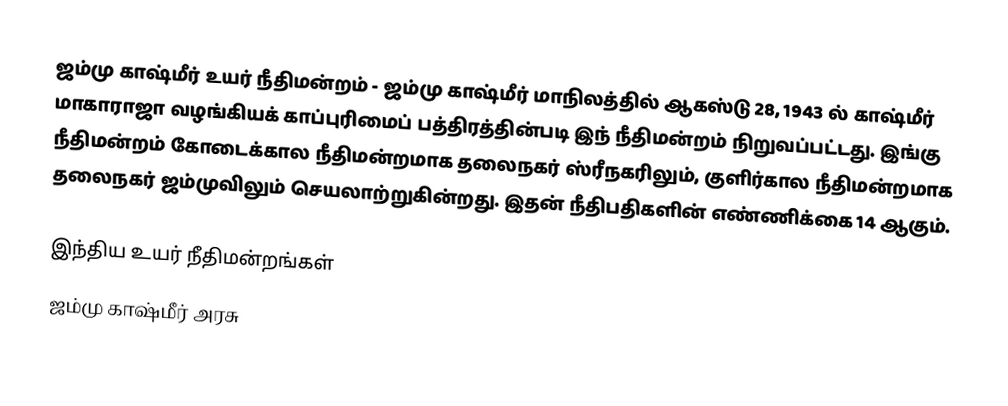
ஜம்மு காஷ்மீர் உயர் நீதிமன்றம் - ஜம்மு காஷ்மீர் மாநிலத்தில் ஆகஸ்டு 28, 1943 ல் காஷ்மீர் மாகாராஜா வழங்கியக் காப்புரிமைப் பத்திரத்தின்படி  இந் நீதிமன்றம் நிறுவப்பட்டது. இங்கு நீதிமன்றம் கோடைக்கால நீதிமன்றமாக தலைநகர்  ஸ்ரீநகரிலும், குளிர்கால நீதிமன்றமாக தலைநகர் ஜம்முவிலும் செயலாற்றுகின்றது. இதன் நீதிபதிகளின் எண்ணிக்கை 14 ஆகும்.

இந்திய உயர் நீதிமன்றங்கள்
ஜம்மு காஷ்மீர் அரசு